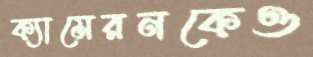
ক্যামেরনকেও